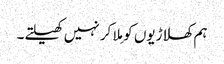
ہم کھلاڑیوں کو مِلا کر نہیں کھیلتے۔